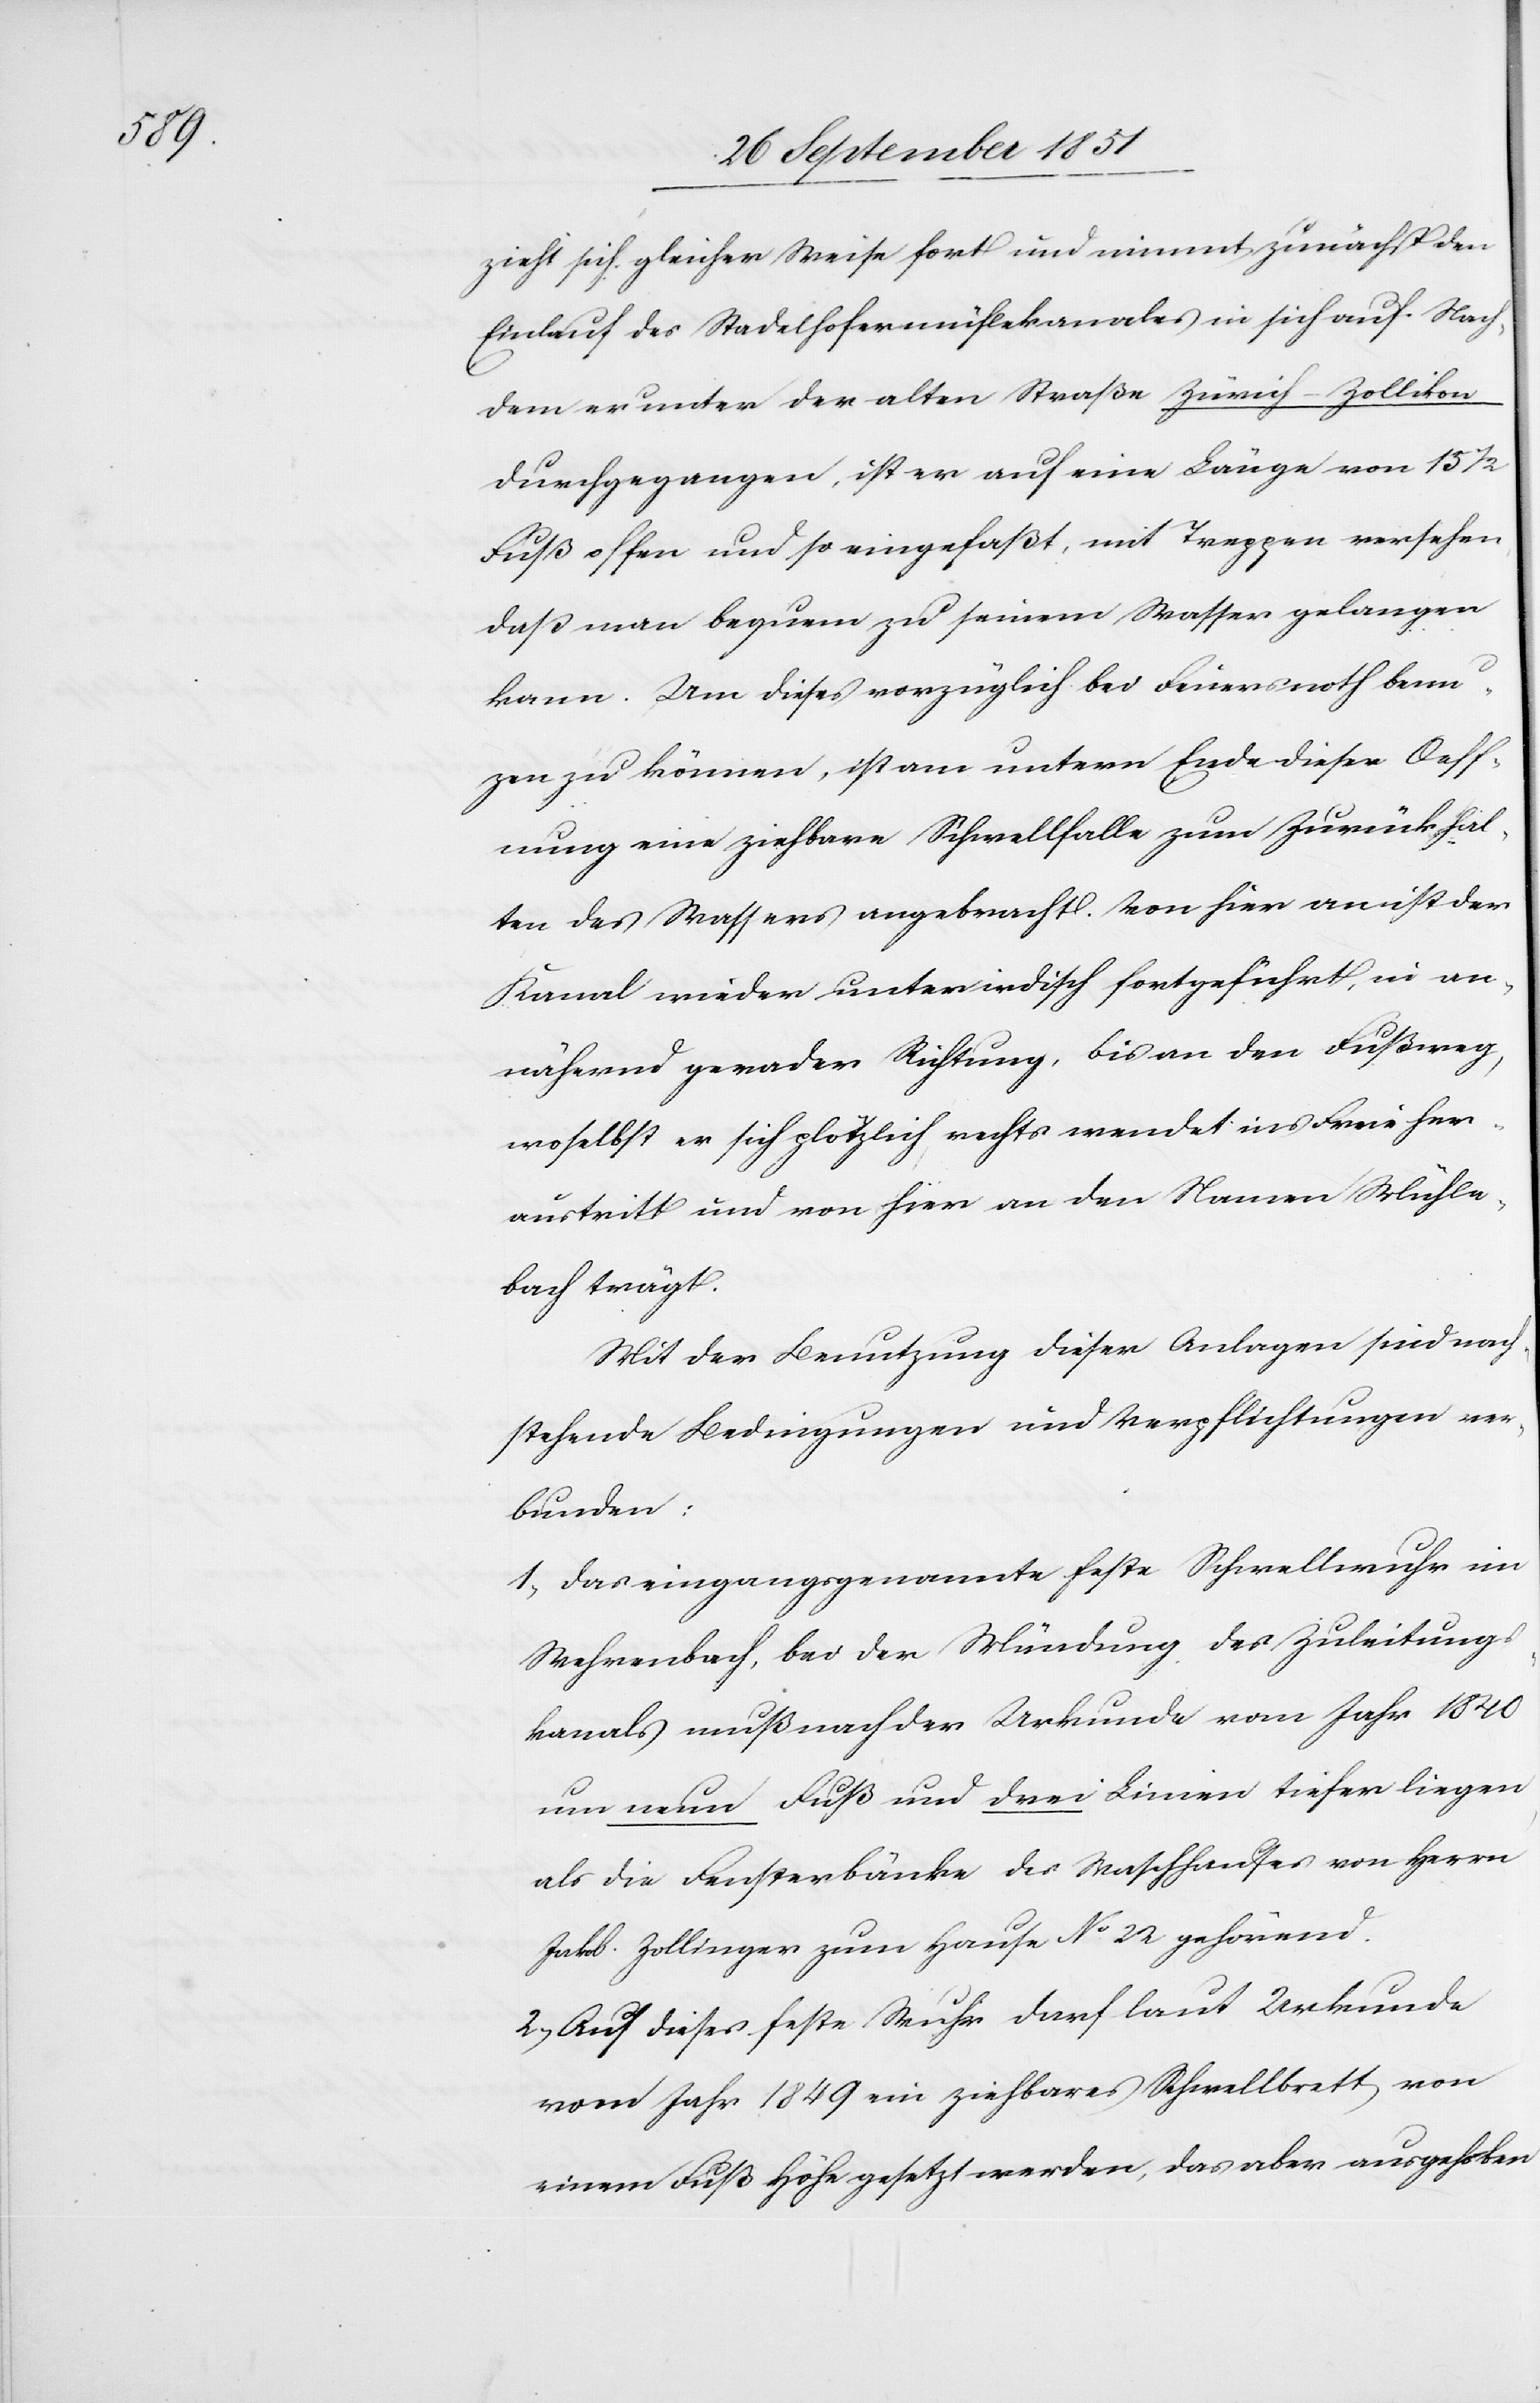
zieht sich gleicher Weise fort und nimmt zunächst den
Einlauf des Stadelhofermühlekanales in sich auf. Nach¬
dem er unter der alten Straße Zürich–Zollikon
durchgegangen, ist er auf eine Länge von 15
Fuß offen und so eingefaßt, mit Treppen versehen,
daß man bequem zu seinem Wasser gelangen
kann. Um dieses vorzüglich bei Feuersnoth ben¬
u[t]zen zu können, ist am untern Ende dieser Oeff¬
nung eine ziehbare Schwellfalle zum Zurückhal¬
ten des Wassers angebracht. Von hier an ist der
Kanal wieder unterirdisch fortgeführt, in an¬
nähernd gerader Richtung, bis an den Fußweg,
woselbst er sich plötzlich rechts wendet[,] ins Freie her¬
austritt und von hier an den Namen Mühle¬
bach trägt.
Mit der Benutzung dieser Anlagen sind nach¬
stehende Bedingungen und Verpflichtungen ver¬
bunden:
Das eingangsgenannte feste Schwellwuhr im
Wehrenbach, bei der Mündung des Zuleitungs¬
kanals muß nach der Urkunde vom Jahr 1840
um neun Fuß und drei Linien tiefer liegen,
als die Fensterbänke des Waschhauses von Herrn
Jakob Zollinger zum Hause No 22 gehörend.
Auf dieses feste Wuhr darf laut Urkunde
vom Jahr 1849 ein ziehbares Schwellbrett von
einem Fuß Höhe gesetzt werden, das aber ausgehoben